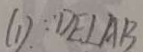
( 1 ) \because D E \bot A B